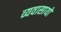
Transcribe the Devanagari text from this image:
व्यवासायों